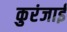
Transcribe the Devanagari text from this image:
कुरंजाई